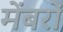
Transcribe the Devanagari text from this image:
मेंबरों